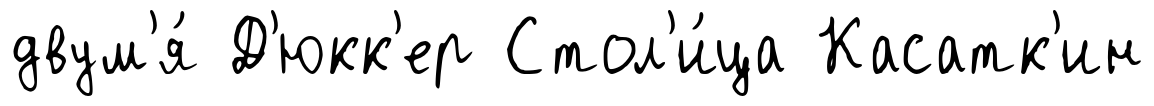
двум'я́ Д'юкк'ер Стол'и́ца Касатк'ин